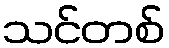
သင်တစ်